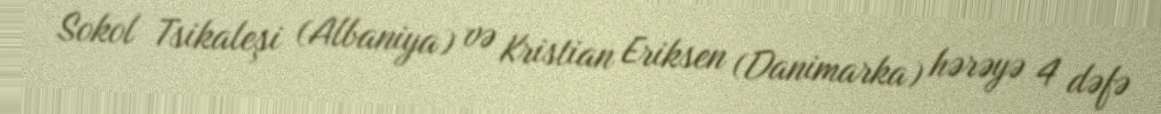
Sokol Tsikaleşi (Albaniya) və Kristian Eriksen (Danimarka) hərəyə 4 dəfə